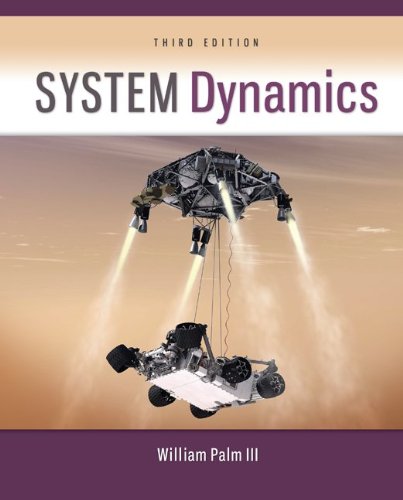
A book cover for System Dynamics; William Palm III; Engineering & Transportation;